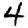
Digit: 4